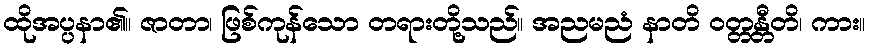
ထိုအပ္ပနာ၏။ ဇာတာ၊ ဖြစ်ကုန်သော တရားတို့သည်။ အညမညံ နာတိ ဝတ္တန္တီတိ၊ ကား။